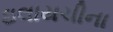
ઇલાયચીના